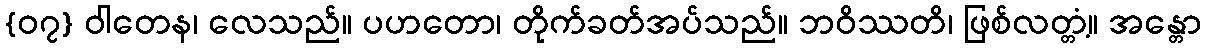
{၀၇} ဝါတေန၊ လေသည်။ ပဟတော၊ တိုက်ခတ်အပ်သည်။ ဘဝိဿတိ၊ ဖြစ်လတ္တံ့။ အန္တော